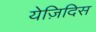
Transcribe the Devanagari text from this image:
येज़िदिस